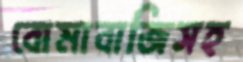
বোমাবাজিসহ